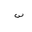
Letter: _sin